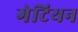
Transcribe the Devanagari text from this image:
गेटियन